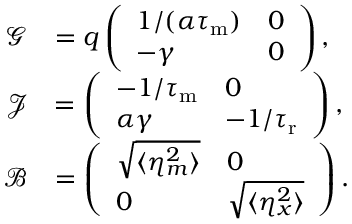
\begin{array} { r l } { \mathcal { G } } & { = q \left( \begin{array} { l l } { 1 / ( \alpha { \tau _ { \mathrm { m } } } ) } & { 0 } \\ { - \gamma } & { 0 } \end{array} \right) , } \\ { \mathcal { J } } & { = \left( \begin{array} { l l } { - 1 / { \tau _ { \mathrm { m } } } } & { 0 } \\ { \alpha \gamma } & { - 1 / { \tau _ { \mathrm { r } } } } \end{array} \right) , } \\ { \mathcal { B } } & { = \left( \begin{array} { l l } { \sqrt { \langle \eta _ { m } ^ { 2 } \rangle } } & { 0 } \\ { 0 } & { \sqrt { \langle \eta _ { x } ^ { 2 } \rangle } } \end{array} \right) . } \end{array}